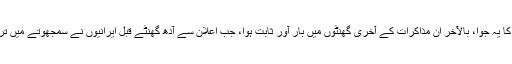
اخبار کہتا ہے کہ وہائٹ ہاؤس کا یہ جوا، بالآخر ان مذاکرات کے آخری گھنٹوں میں بار آور ثابت ہوا، جب اعلان سے آدھ گھنٹے قبل ایرانیوں نے سمجھوتے میں ترمیم پر رضامندی کا اظہار کیا۔